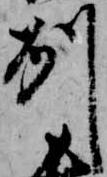
州